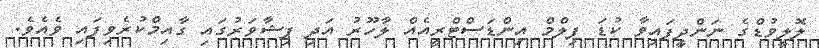
ލޮލީވުޑްގެ ނަންދީފައިވާ ކުޑަ ފިލްމް އިންޑަސްޓްރީއެއް ލާހޫރު އަދި ޕިޝާވަރުގައި ގާއިމްކުރެވިފައި ވެއެވެ.